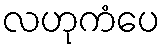
လဟုကံပေ